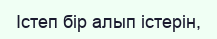
Істеп бір алып істерін,